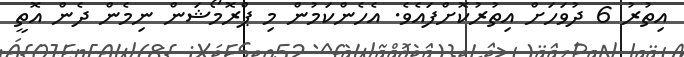
އިތުރު 6 ދުވަހަށް އިތުރުކޮށްފައެވެ. އެހެންކަމުން މި ޕްރޮމޯޝަން ނިމެން ދެން އޮތީ